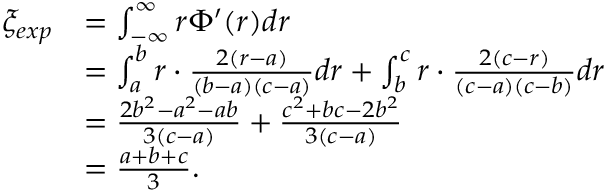
\begin{array} { r l } { \xi _ { e x p } } & { = \int _ { - \infty } ^ { \infty } r { \Phi } ^ { \prime } ( r ) d r } \\ & { = \int _ { a } ^ { b } r \cdot \frac { 2 ( r - a ) } { ( b - a ) ( c - a ) } d r + \int _ { b } ^ { c } r \cdot \frac { 2 ( c - r ) } { ( c - a ) ( c - b ) } d r } \\ & { = \frac { 2 b ^ { 2 } - a ^ { 2 } - a b } { 3 ( c - a ) } + \frac { c ^ { 2 } + b c - 2 b ^ { 2 } } { 3 ( c - a ) } } \\ & { = \frac { a + b + c } { 3 } . } \end{array}